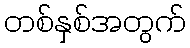
တစ်နှစ်အတွက်